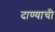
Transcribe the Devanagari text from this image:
दाण्याची